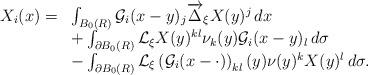
LaTeX: \begin{align*}\begin{array}{r l} X_i(x)=&\int_{B_0(R)}\mathcal{G}_i(x-y)_j\overrightarrow{\Delta}_\xi X(y)^j\,dx \\&+\int_{\partial B_0(R)}\mathcal{L}_\xi X(y)^{kl}\nu_k(y)\mathcal{G}_i(x-y)_l\,d\sigma \\ & -\int_{\partial B_0(R)}\mathcal{L}_\xi\left(\mathcal{G}_i(x-\cdot)\right)_{kl}(y)\nu(y)^k X(y)^l\,d\sigma.\end{array}\end{align*}